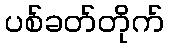
ပစ်ခတ်တိုက်